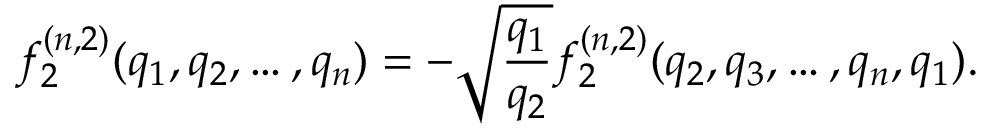
f _ { 2 } ^ { ( n , 2 ) } ( q _ { 1 } , q _ { 2 } , \dots , q _ { n } ) = - \sqrt { \frac { q _ { 1 } } { q _ { 2 } } } f _ { 2 } ^ { ( n , 2 ) } ( q _ { 2 } , q _ { 3 } , \dots , q _ { n } , q _ { 1 } ) .